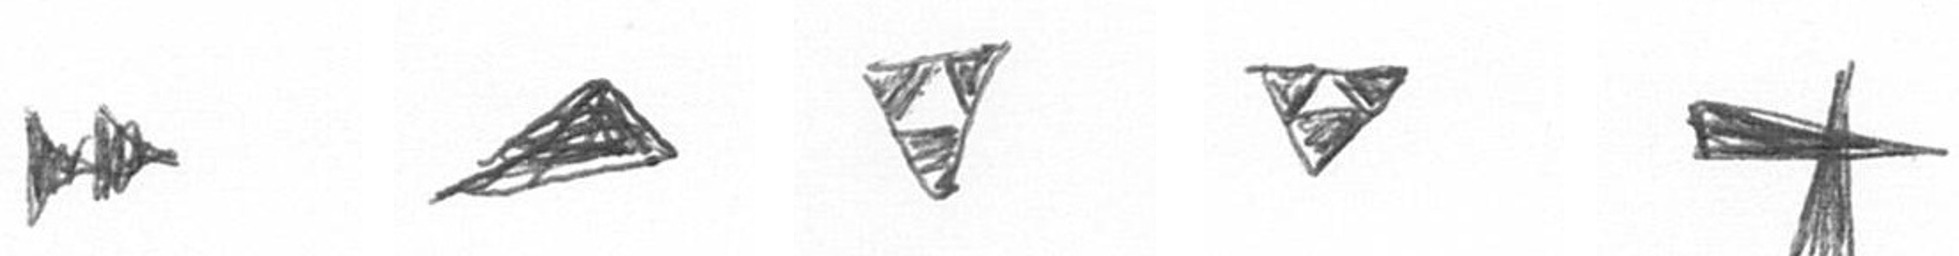
A O S S G